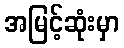
အမြင့်ဆုံးမှာ